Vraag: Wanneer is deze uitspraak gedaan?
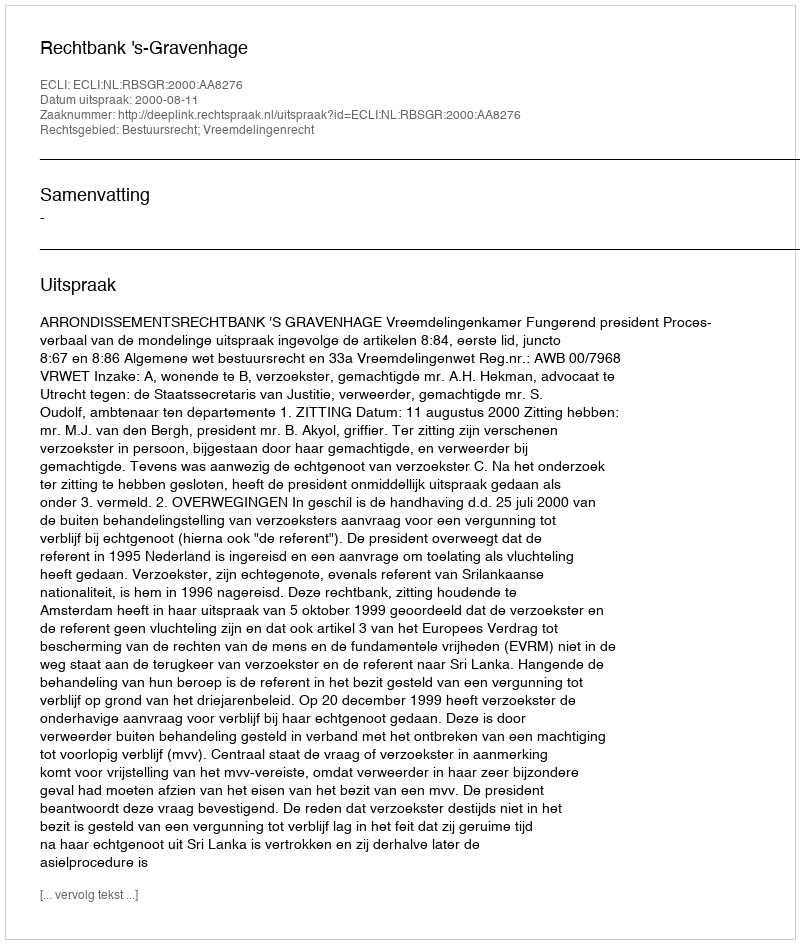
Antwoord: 2000-08-11